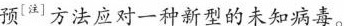
预^{[注]}方法应对一种新型的未知病毒。